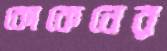
কোকেনের